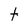
Character: T